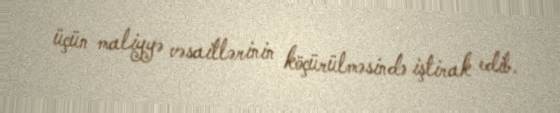
üçün maliyyə vəsaitlərinin köçürülməsində iştirak edib.